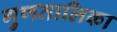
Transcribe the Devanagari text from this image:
गुणतालिका